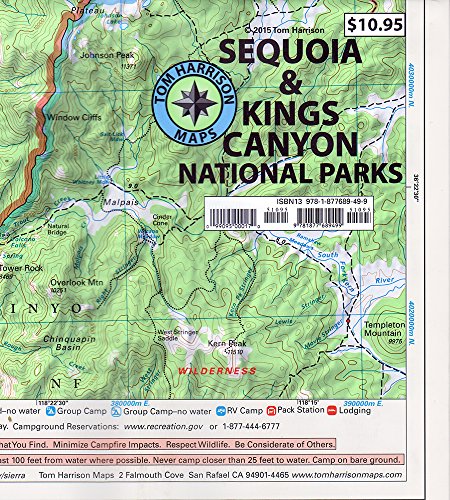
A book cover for Sequoia & Kings Canyon National parks recreation map (Tom Harrison Maps); Tom Harrison Maps; Travel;